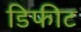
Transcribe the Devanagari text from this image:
डिफीट